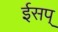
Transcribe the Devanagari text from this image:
ईसप्